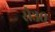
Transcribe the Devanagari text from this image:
से३०